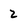
Character: 2